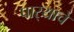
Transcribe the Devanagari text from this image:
पार्‍याचे